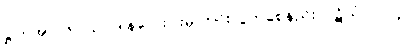
ဋ္ဌ-ဒု-အုပ်-၆၂။ ဥပါဒါန်လေးပါးမှ ကင်းလွတ်စေနည်း၊ ပဋိသံ-ပါ-၂၄၂၊